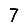
Digit: 7